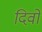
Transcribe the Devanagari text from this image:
दिवो